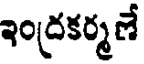
ఇంద్రకర్మణే